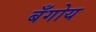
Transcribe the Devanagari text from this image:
बँगोय